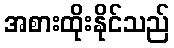
အစားထိုးနိုင်သည်